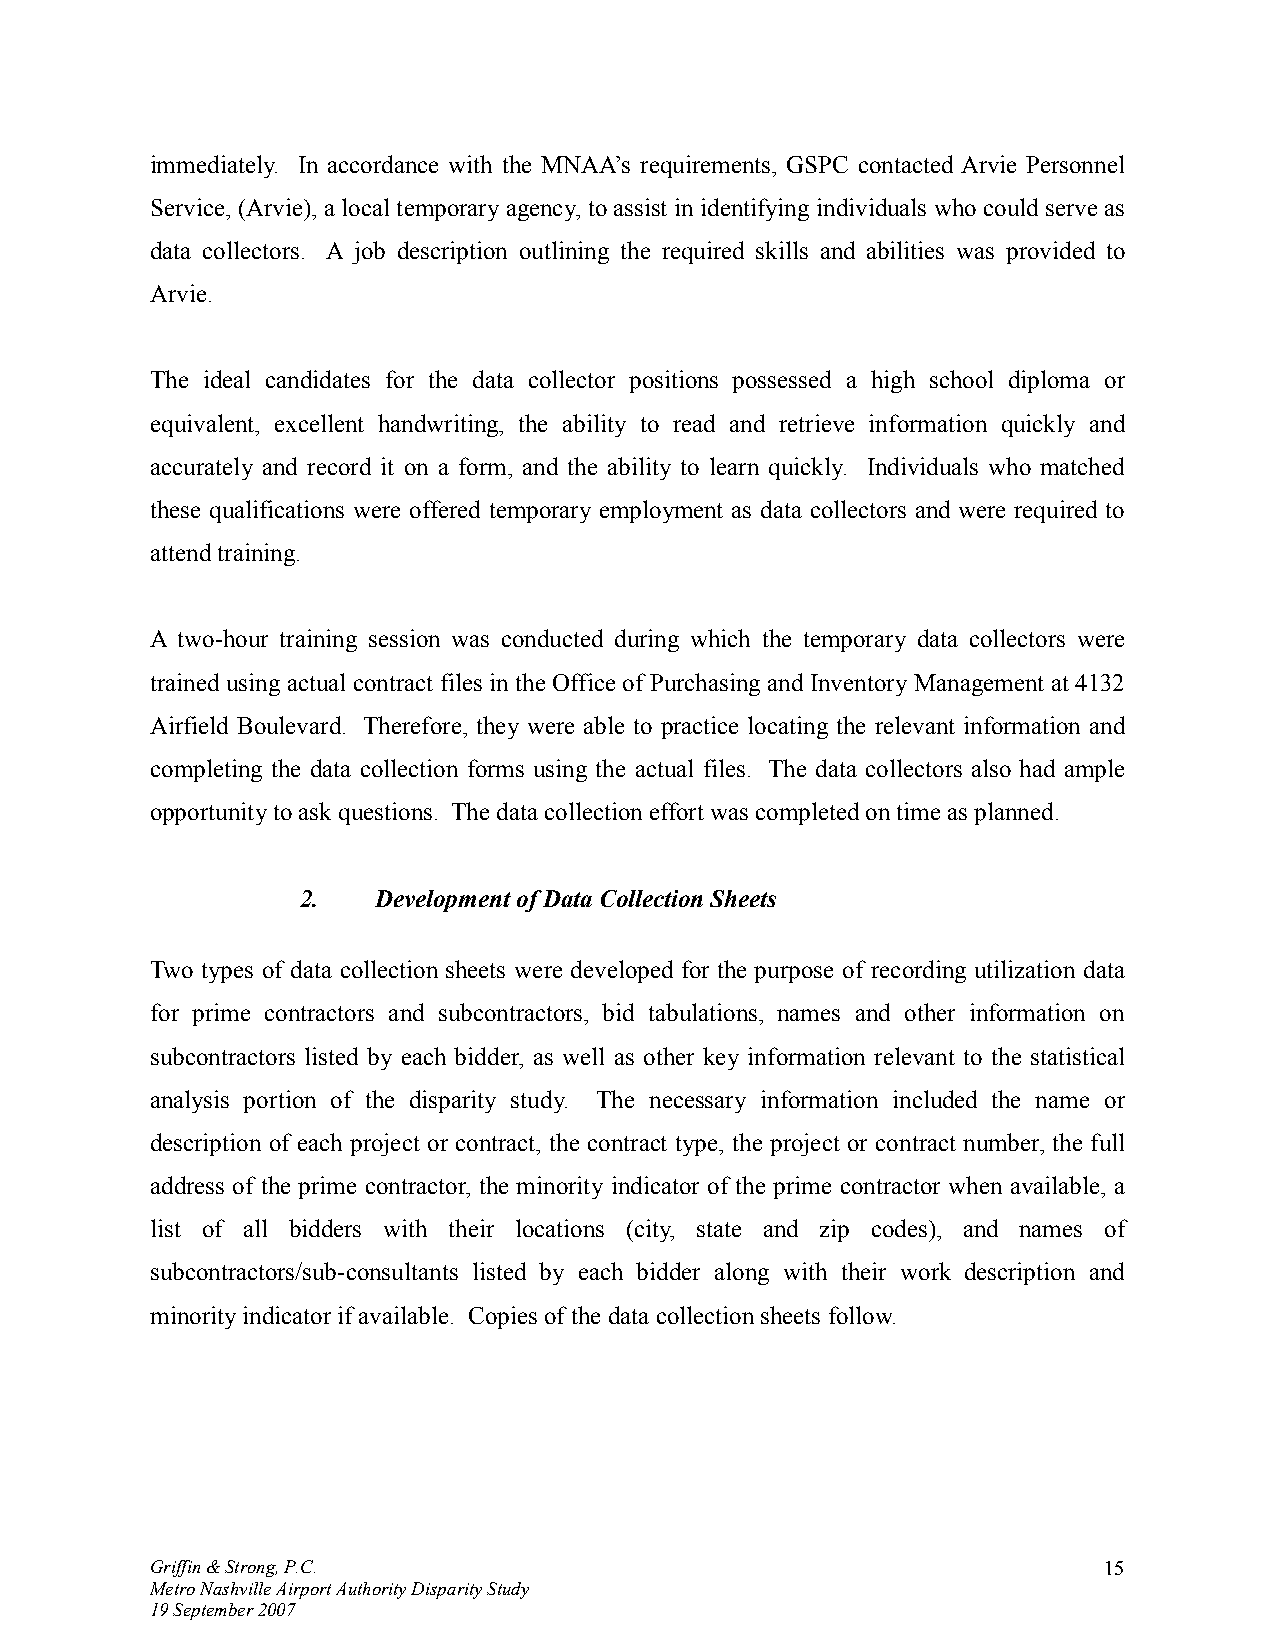
immediately. In accordance with the MNAA’s requirements, GSPC contacted Arvie Personnel
 Service, (Arvie), a local temporary agency, to assist in identifying individuals who could serve as
 data collectors. A job description outlining the required skills and abilities was provided to
 Arvie.
 The ideal candidates for the data collector positions possessed a high school diploma or
 equivalent, excellent handwriting, the ability to read and retrieve information quickly and
 accurately and record it on a form, and the ability to learn quickly. Individuals who matched
 these qualifications were offered temporary employment as data collectors and were required to
 attend training.
 A two-hour training session was conducted during which the temporary data collectors were
 trained using actual contract files in the Office of Purchasing and Inventory Management at 4132
 Airfield Boulevard. Therefore, they were able to practice locating the relevant information and
 completing the data collection forms using the actual files. The data collectors also had ample
 opportunity to ask questions. The data collection effort was completed on time as planned.
 2.   Development of Data Collection Sheets
 Two types of data collection sheets were developed for the purpose of recording utilization data
 for prime contractors and subcontractors, bid tabulations, names and other information on
 subcontractors listed by each bidder, as well as other key information relevant to the statistical
 analysis portion of the disparity study. The necessary information included the name or
 description of each project or contract, the contract type, the project or contract number, the full
 address of the prime contractor, the minority indicator of the prime contractor when available, a
 list of all bidders with their locations (city, state and zip codes), and names of
 subcontractors/sub-consultants listed by each bidder along with their work description and
 minority indicator if available. Copies of the data collection sheets follow.
 Griffin & Strong, P.C.                                         15
 Metro Nashville Airport Authority Disparity Study
 19 September 2007